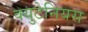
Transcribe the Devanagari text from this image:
क्युटेनियस